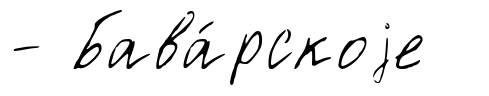
- Бава́рскоjе